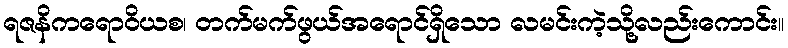
ရဇနိကရောဝိယစ၊ တက်မက်ဖွယ်အရောင်ရှိသော လမင်းကဲ့သို့လည်းကောင်း။